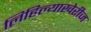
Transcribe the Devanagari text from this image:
लिहिल्याखेरीज